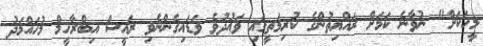
މީހަކަށް" ނުވާނެ ކަމަށް ރައްޔިތުންގެ ކުރިމަތީގައި ވައުދުވެ ވަޑައިގެންނެވި ރައީސް އިބްރާހީމް މުހައްމަދު